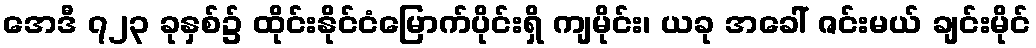
အေဒီ ၇၂၃ ခုနှစ်၌ ထိုင်းနိုင်ငံမြောက်ပိုင်းရှိ ကျမိုင်း၊ ယခု အခေါ် ဇင်းမယ် ချင်းမိုင်